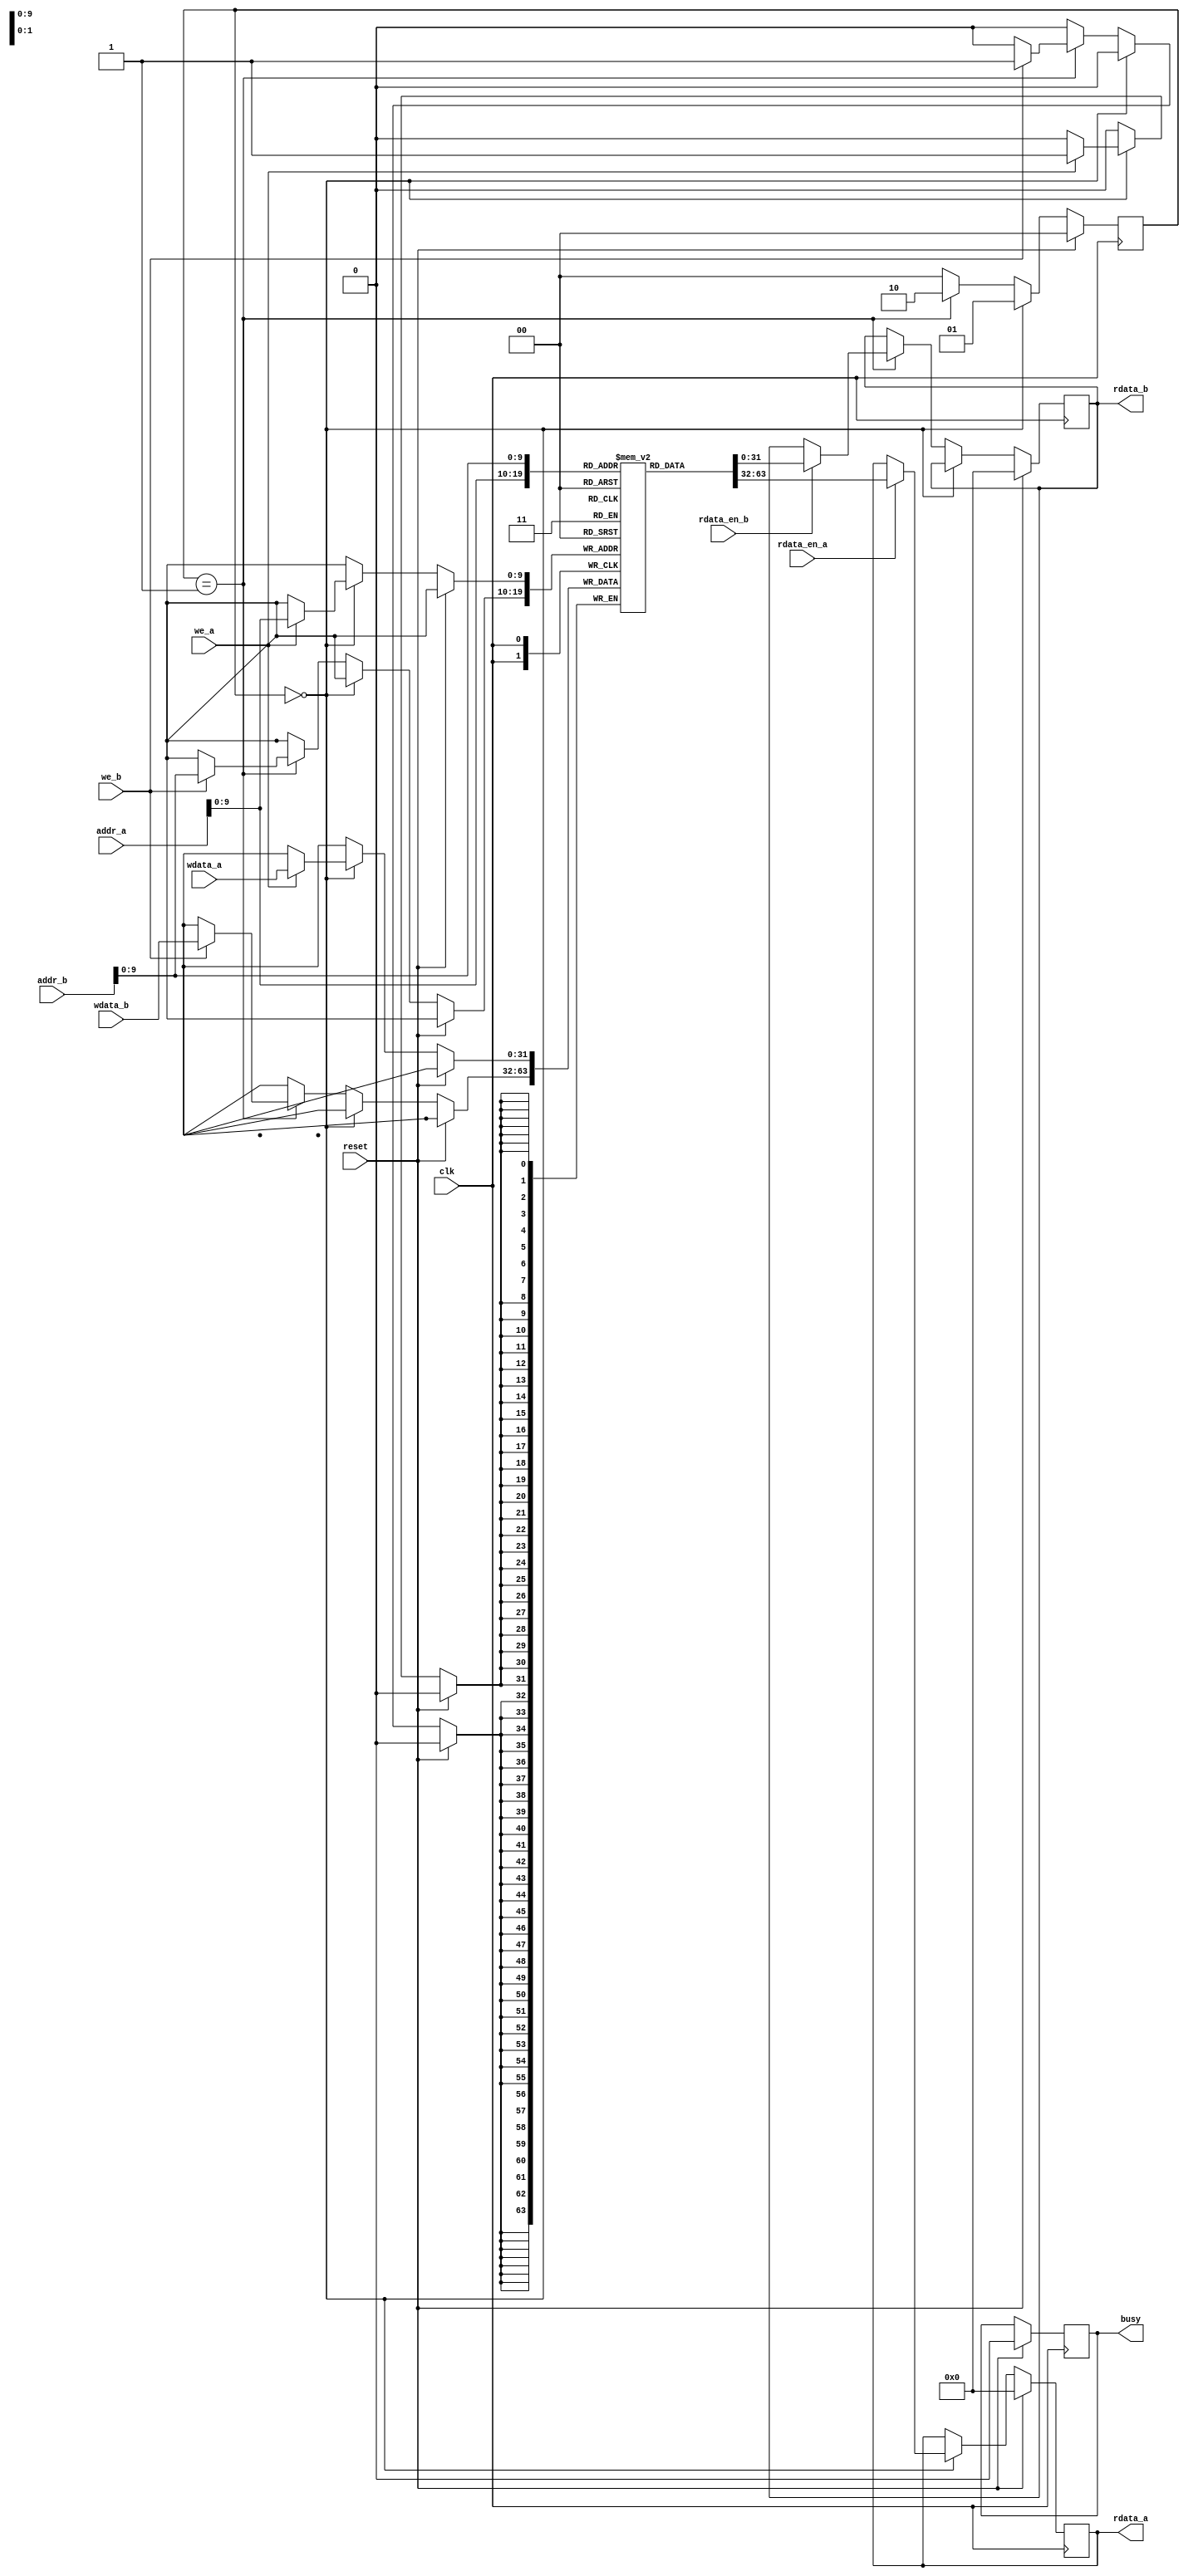
module dual_port_ram (
  input wire clk,
  input wire reset,
  input wire [31:0] addr_a,
  input wire [31:0] wdata_a,
  input wire we_a,
  input wire rdata_en_a,
  output reg [31:0] rdata_a,
  input wire [31:0] addr_b,
  input wire [31:0] wdata_b,
  input wire we_b,
  input wire rdata_en_b,
  output reg [31:0] rdata_b,
  output reg busy
);

reg [31:0] memory [0:1023];
reg [1:0] current_access;

always @ (posedge clk) begin
  if (reset) begin
    rdata_a <= 0;
    rdata_b <= 0;
    busy <= 0;
    current_access <= 2'b00;
  end else begin
    if (current_access == 2'b00) begin
      if (we_a) begin
        memory[addr_a] <= wdata_a;
      end
      if (rdata_en_a) begin
        rdata_a <= memory[addr_a];
      end
      current_access <= 2'b01;
    end else if (current_access == 2'b01) begin
      if (we_b) begin
        memory[addr_b] <= wdata_b;
      end
      if (rdata_en_b) begin
        rdata_b <= memory[addr_b];
      end
      current_access <= 2'b10;
    end else begin
      current_access <= 2'b00;
    end
  end
end

endmodule